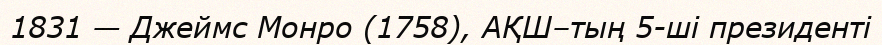
1831 — Джеймс Монро (1758), АҚШ–тың 5-ші президенті